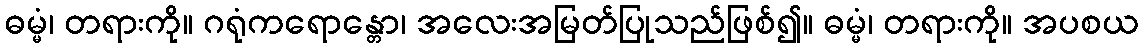
ဓမ္မံ၊ တရားကို။ ဂရုံကရောန္တော၊ အလေးအမြတ်ပြုသည်ဖြစ်၍။ ဓမ္မံ၊ တရားကို။ အပစယ